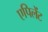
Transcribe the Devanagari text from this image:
एपिलेंट